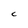
Character: C